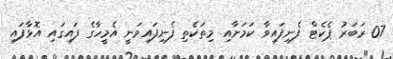
07 ރަބަރު ޕެކެޓް ފެނިފައިވާ ކަމަށާއި މިތަކެތި ފެނިފައިވަނީ އެމީހާގެ ފައިގައި އޮޅާފައި